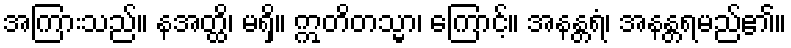
အကြားသည်။ နအတ္ထိ၊ မရှိ။ ဣတိတသ္မာ၊ ကြောင့်။ အနန္တရံ၊ အနန္တရမည်၏။